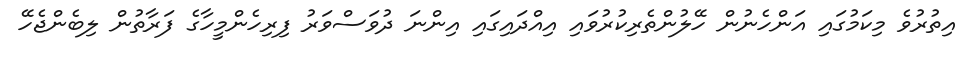
އިތުރުވެ މިކަމުގައި އަންހެނުން ހޭލުންތެރިކުރުވައި އިއްދައިގައި އިންނަ ދުވަސްވަރު ފިރިހެންމީހާގެ ފަރާތުން ލިބެންޖެހޭ